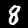
Digit: 8